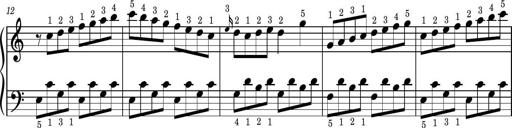
Title: Easy Progressive Lessons and 4 Sonatinas
Composer: Thomas Attwood